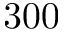
3 0 0